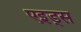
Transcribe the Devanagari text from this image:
एइड्स